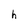
Character: h